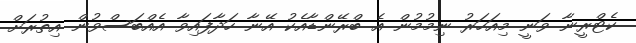
ކެޓްރީނާ ވަނީ މިއަހަރު ނިމުމުން އެ ބްރޭންޑާއެކު އޭނާ ހަދާފައިވާ އެއްބަސްވުން އިތުރަށް